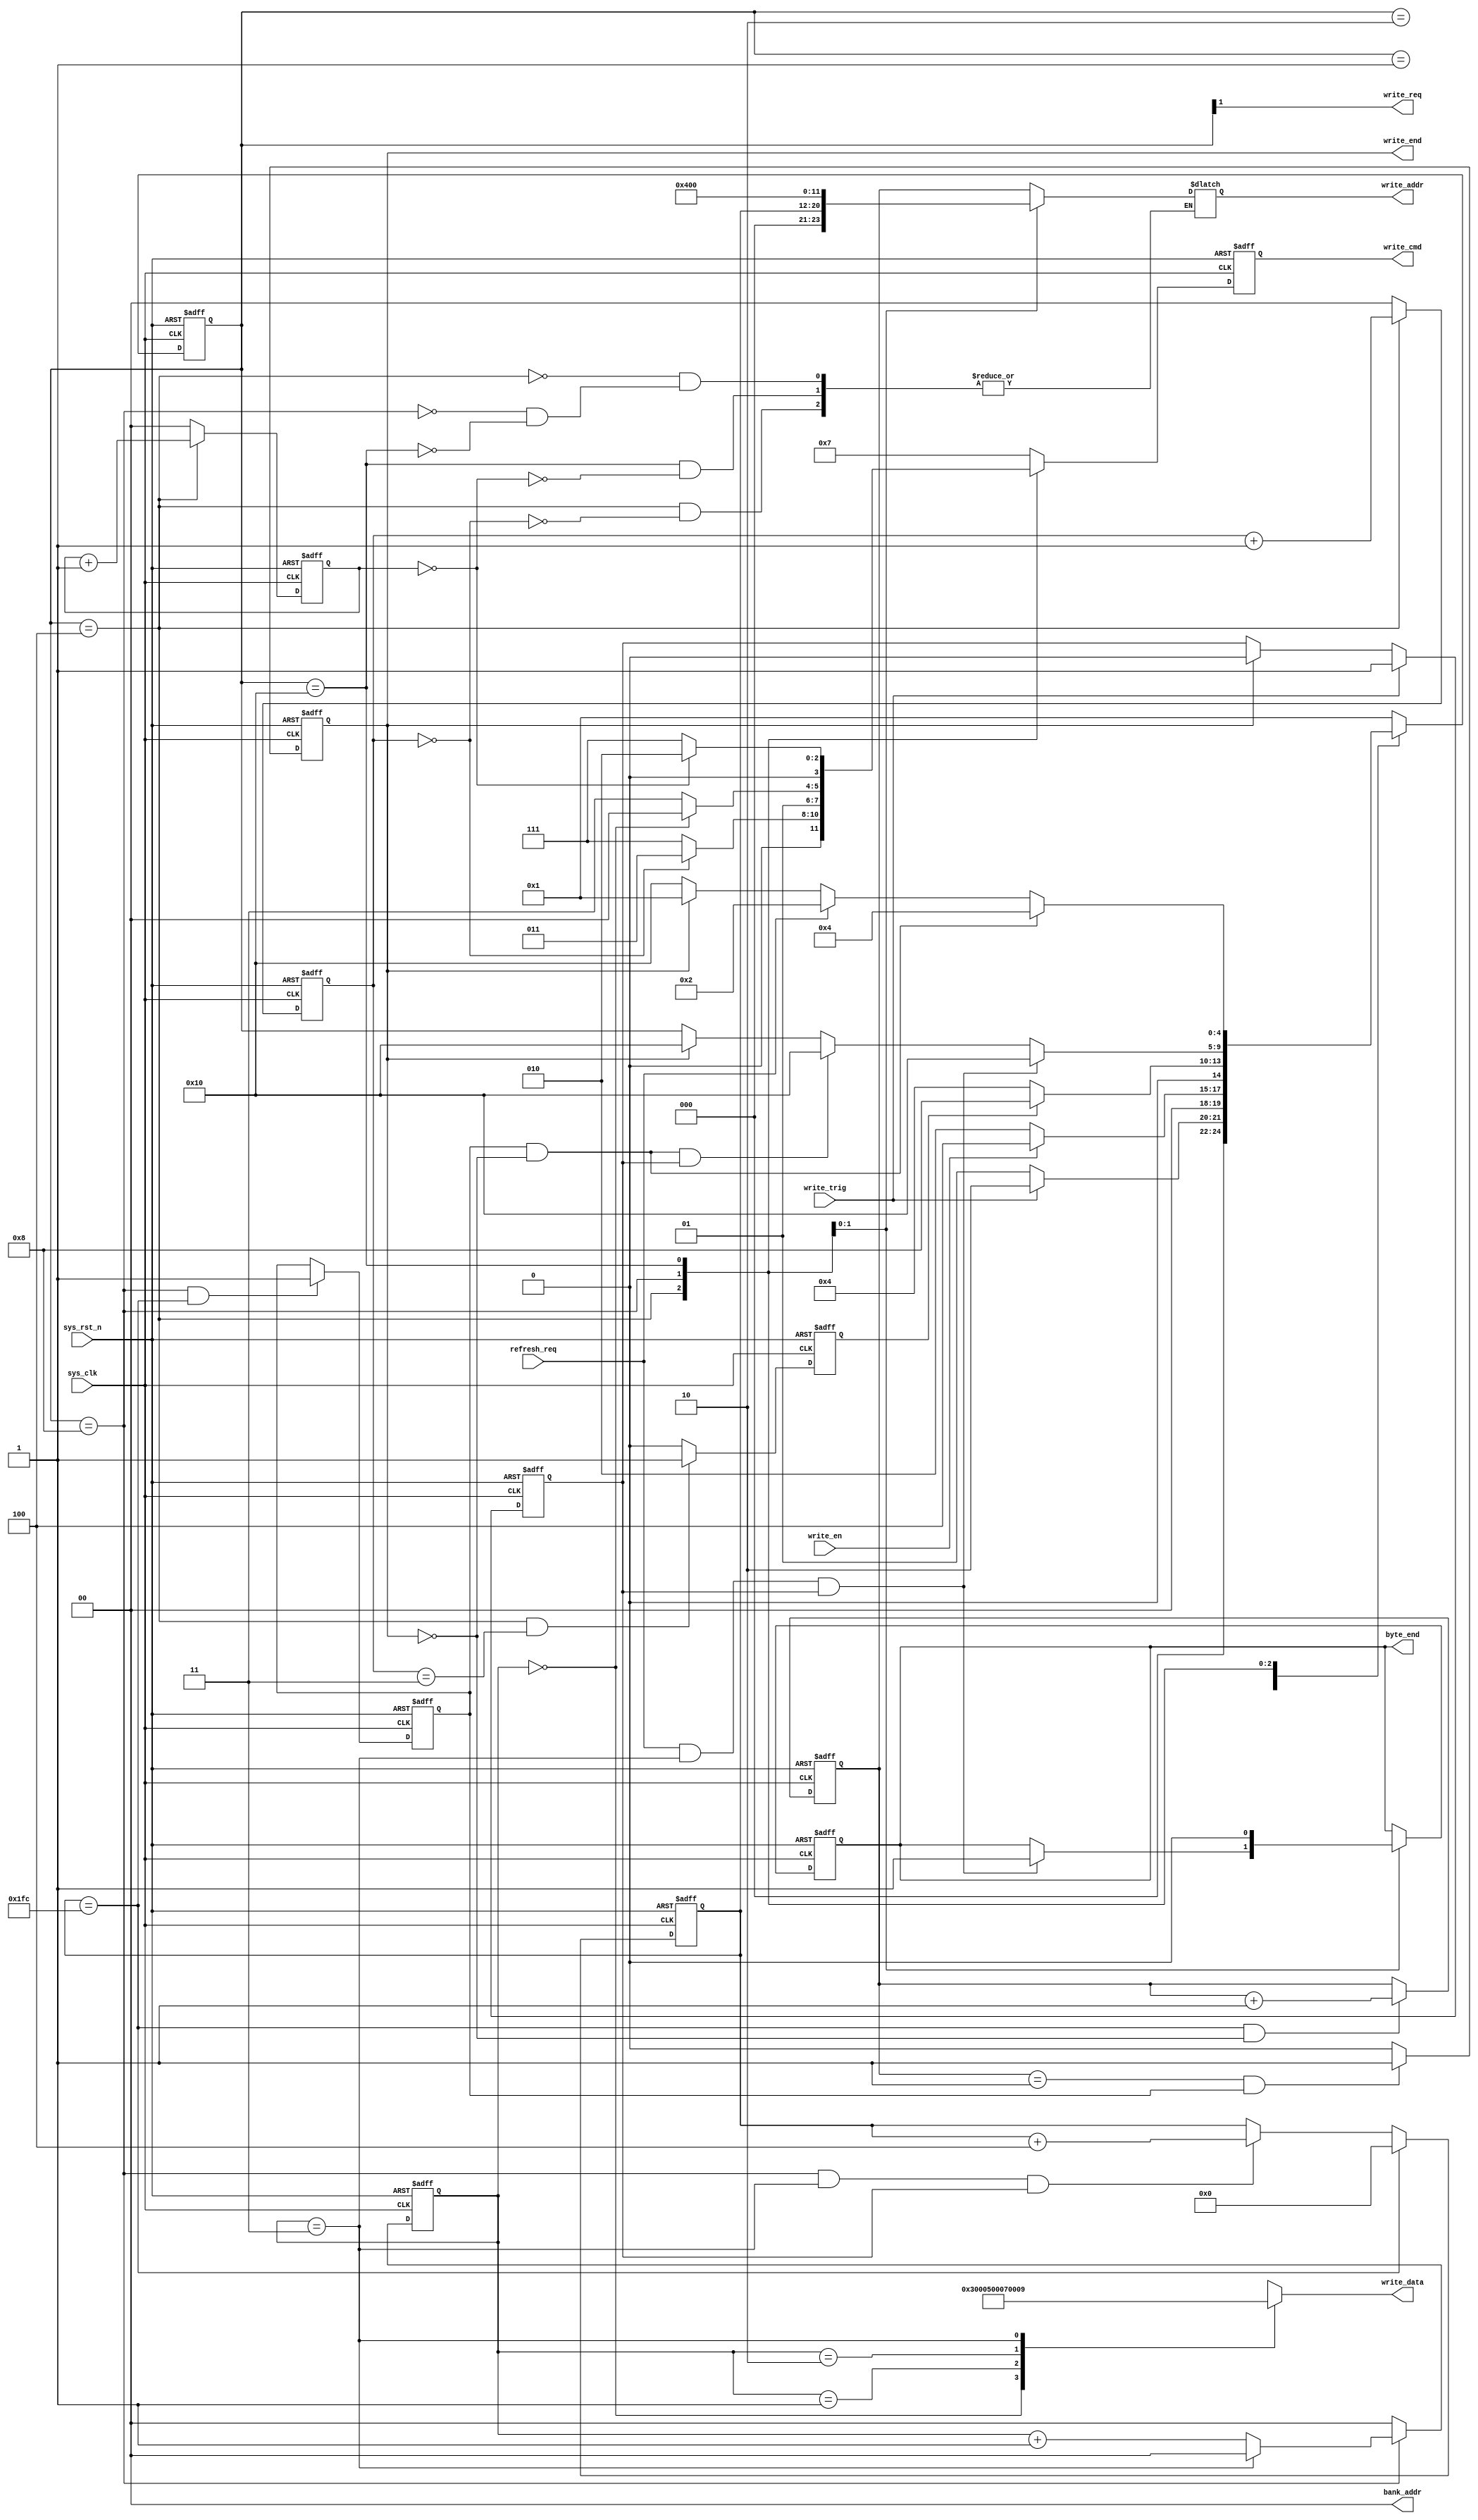
module sdram_write(
		// input
		input 				sys_clk					,
		input				sys_rst_n				,
		// write_en?
		input               write_trig			    ,
		input				write_en				,
		input				refresh_req				,  //
		// output
		output	reg			byte_end				,
		output				write_req				,
		output				write_end				,
		output	reg	[ 3:0]	write_cmd				,
		output	reg	[11:0]	write_addr				,
		output	wire[ 1:0]	bank_addr				,
		output	reg	[15:0]	write_data				
		
);

	//// define ////
	// 
	// 
	// 
	
	// Define State
	localparam  S_IDLE      =   5'b0_0001       ;
	localparam  S_REQ       =   5'b0_0010       ;
	localparam  S_ACT       =   5'b0_0100       ;
	localparam  S_WR        =   5'b0_1000       ;
	localparam  S_PRE       =   5'b1_0000       ;
	// SDRAM Command
	localparam  CMD_NOP     =   4'b0111         ;
	localparam  CMD_PRE     =   4'b0010         ;
	localparam  CMD_AREF    =   4'b0001         ;
	localparam  CMD_ACT     =   4'b0011         ;
	localparam  CMD_WR      =   4'b0100         ;
	
	reg  flag_write;
	reg  [4:0] state;//
	reg	 flag_act_end;//ACT
	reg  flag_pre_end;//PRE
	reg  flag_row_end;//
	reg  flag_data_end;//
	reg  [1:0] burst_cnt;//
	     
	reg  [8:0] col_addr_cnt;//511
	wire [8:0] col_addr;
    reg  [11:0] row_addr_cnt;
	wire [11:0] row_addr;
	
	reg  [1:0] act_cnt;
	reg  [1:0] pre_cnt;
	
	
	
	//// main code ////
	// state machine
	always @(posedge sys_clk or negedge sys_rst_n) begin
		if(!sys_rst_n) begin
			state <= S_IDLE;
			byte_end <= 1'b0;
		end
		else begin
			case(state) 
				S_IDLE : begin  //
					if(write_trig) begin
						state <= S_REQ;
					end
					else begin
						state <= S_IDLE;
					end
				end
				S_REQ : begin
					if(write_en) begin
						state <= S_ACT;
					end
					else begin
						state <= S_REQ;
					end
				end
				S_ACT : begin
					if(flag_act_end) begin
						state <= S_WR;
					end
					else begin
						state <= S_ACT;
					end
				end
				S_WR : begin  // 
					// 1.sdram,
					if(refresh_req && burst_cnt == 2'd3 && flag_write) begin
						state <= S_PRE;//PRECHARGE
						byte_end <= 1'b1;
					end
					// 2.()
					else if(flag_row_end && !flag_data_end && flag_write) begin
						state <= S_PRE;//PRECHARGE
					end
					// 3.()
					else if(flag_data_end) begin
						state <= S_PRE;//IDLE
					end
				end
				S_PRE : begin
					byte_end <= 1'b0;
					if(flag_row_end && !flag_data_end) begin  // 
						state <= S_ACT;
					end
					else if(refresh_req) begin  // 
						state <= S_REQ;
					end
					else if(flag_data_end) begin  // 
						state <= S_IDLE;
					end
					else begin
						state <= S_PRE;
					end
				end
				default : state <= S_IDLE;
			endcase
		end
	end
	
	// flag_write
	always @(posedge sys_clk or negedge sys_rst_n) begin
		if(!sys_rst_n) begin
			flag_write <= 1'b0;
		end
		else if(write_trig) begin
			flag_write <= 1'b1;
		end
		else if(flag_data_end) begin  // 
			flag_write <= 1'b0;
		end
	end
	
	// act_cnt
	always @(posedge sys_clk or negedge sys_rst_n) begin
		if(!sys_rst_n) begin
			act_cnt <= 2'd0;
		end
		else if(state == S_ACT) begin
			act_cnt <= act_cnt + 1'b1;
		end
		else begin
			act_cnt <= 2'd0;
		end
	end
	
	// flag_act_end
	always @(posedge sys_clk or negedge sys_rst_n) begin
		if(!sys_rst_n) begin
			flag_act_end <= 1'b0;
		end
		else if(state == S_ACT && act_cnt == 2'd3) begin  ///
			flag_act_end <= 1'b1;
		end
		else begin
			flag_act_end <= 1'b0;
		end
	end
	
	// pre_cnt
	always @(posedge sys_clk or negedge sys_rst_n) begin
		if(!sys_rst_n) begin
			pre_cnt <= 2'd0;
		end
		else if(state == S_ACT) begin
			pre_cnt <= pre_cnt + 1'b1;
		end
		else begin
			pre_cnt <= 2'd0;
		end
	end
	
	// flag_pre_end
	always @(posedge sys_clk or negedge sys_rst_n) begin
		if(!sys_rst_n) begin
			flag_pre_end <= 1'b0;
		end
		else if(state == S_ACT && act_cnt == 2'd3) begin  ///
			flag_pre_end <= 1'b1;
		end
		else begin
			flag_pre_end <= 1'b0;
		end
	end
	
	// col_addr_cnt 4  col_addr1
	always @(posedge sys_clk or negedge sys_rst_n) begin
		if(!sys_rst_n) begin
			col_addr_cnt <= 'd0;
		end
		else if(col_addr_cnt == 'd508) begin
			col_addr_cnt <= 'd0;
		end
		else if(state == S_WR && burst_cnt == 2'd3 && flag_write) begin  ///
			col_addr_cnt <= col_addr_cnt + 'd4;
		end
		else begin
			col_addr_cnt <= col_addr_cnt;
		end
	end
	
	// burst_cnt
	always @(posedge sys_clk or negedge sys_rst_n) begin
		if(!sys_rst_n) begin
			burst_cnt <= 'd0;
		end	
		else if(state == S_WR) begin
			if(burst_cnt == 2'd3) begin  ///
				burst_cnt <= 2'd0;
			end
			else begin
				burst_cnt <= burst_cnt + 1'b1;
			end
		end
		else begin
			burst_cnt <= 'd0;
		end
	end
	
	// row_addr_cnt
	always @(posedge sys_clk or negedge sys_rst_n) begin
		if(!sys_rst_n) begin
			row_addr_cnt <= 'd0;
		end	
		else if(col_addr_cnt == 'd508 && !flag_data_end) begin  ///
			row_addr_cnt <= row_addr_cnt + 1'b1;
		end
		else begin
			row_addr_cnt <= row_addr_cnt;
		end
	end
	
	// flag_row_end
	always @(posedge sys_clk or negedge sys_rst_n) begin
		if(!sys_rst_n) begin
			flag_row_end <= 1'b0;
		end
		else if(state == S_WR && col_addr_cnt == 'd508) begin  ///
			flag_row_end <= 1'b1;
		end
		else begin
			flag_pre_end <= 1'b0;
		end
	end
	
	// flag_data_end
	always @(posedge sys_clk or negedge sys_rst_n) begin
		if(!sys_rst_n) begin
			flag_data_end <= 1'b0;
		end
		//else if(row_addr_cnt == 'd1 && col_addr_cnt == 'd508) begin  /// col_addr4,510
		else if(row_addr_cnt == 'd1 && flag_row_end == 1'b1) begin  /// col_addr4,510
			flag_data_end <= 1'b1;
		end
		else begin
			flag_data_end <= 1'b0;
		end
	end
	assign write_end = flag_data_end;
	
	// state machine output
	always @(posedge sys_clk or negedge sys_rst_n) begin
		if(!sys_rst_n) begin
			write_cmd <= CMD_NOP;
		end
		else case(state)
			S_IDLE : begin
				write_cmd <= CMD_NOP;
			end
			S_REQ : begin
				write_cmd <= CMD_NOP;
			end
			S_ACT : begin
				if(act_cnt == 'd0) begin
					write_cmd <= CMD_ACT;
				end
				else begin
					write_cmd <= CMD_NOP;
				end
			end
			S_WR : begin
				if(burst_cnt == 'd0) begin
					write_cmd <= CMD_WR;
				end
				else begin
					write_cmd <= CMD_NOP;
				end
			end
			S_PRE : begin
				if(pre_cnt == 'd0) begin
					write_cmd <= CMD_PRE;
				end
				else begin
					write_cmd <= CMD_NOP;
				end
			end
			default : write_cmd <= CMD_NOP;
		endcase
	end
	
	// generate data for test
	always @(*) begin
		case(burst_cnt)
			0:		write_data	<=		'd3;
			1:		write_data	<=		'd5;
			2:		write_data	<=		'd7;
			3:		write_data	<=		'd9;
		endcase
	end
	
	assign col_addr = col_addr_cnt;
	assign row_addr = row_addr_cnt;
	assign write_req			=		state[1];
	assign bank_addr = 2'b00;
	
	always @(*) begin // wr_addr
		case(state)
			S_ACT:
					if(act_cnt == 'd0)
						write_addr	<=	row_addr;
			S_WR:	write_addr	<=	{3'b000,col_addr};
			S_PRE:	
					if(pre_cnt == 'd0)
						write_addr	<=	{12'b0100_0000_0000};
						
		endcase

	end
	
	

	
	
	

endmodule